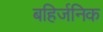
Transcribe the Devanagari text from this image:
बहिर्जनिक